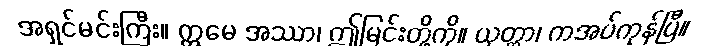
အရှင်မင်းကြီး။ ဣမေ အဿာ၊ ဤမြင်းတို့ကို။ ယုတ္တာ၊ ကအပ်ကုန်ပြီ။